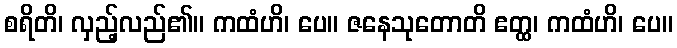
စရိတိ၊ လှည့်လည်၏။ ကထံဟိ၊ ပေ။ ဇနေသုတောတိ ဧတ္ထ၊ ကထံဟိ၊ ပေ။